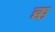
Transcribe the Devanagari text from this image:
क्क